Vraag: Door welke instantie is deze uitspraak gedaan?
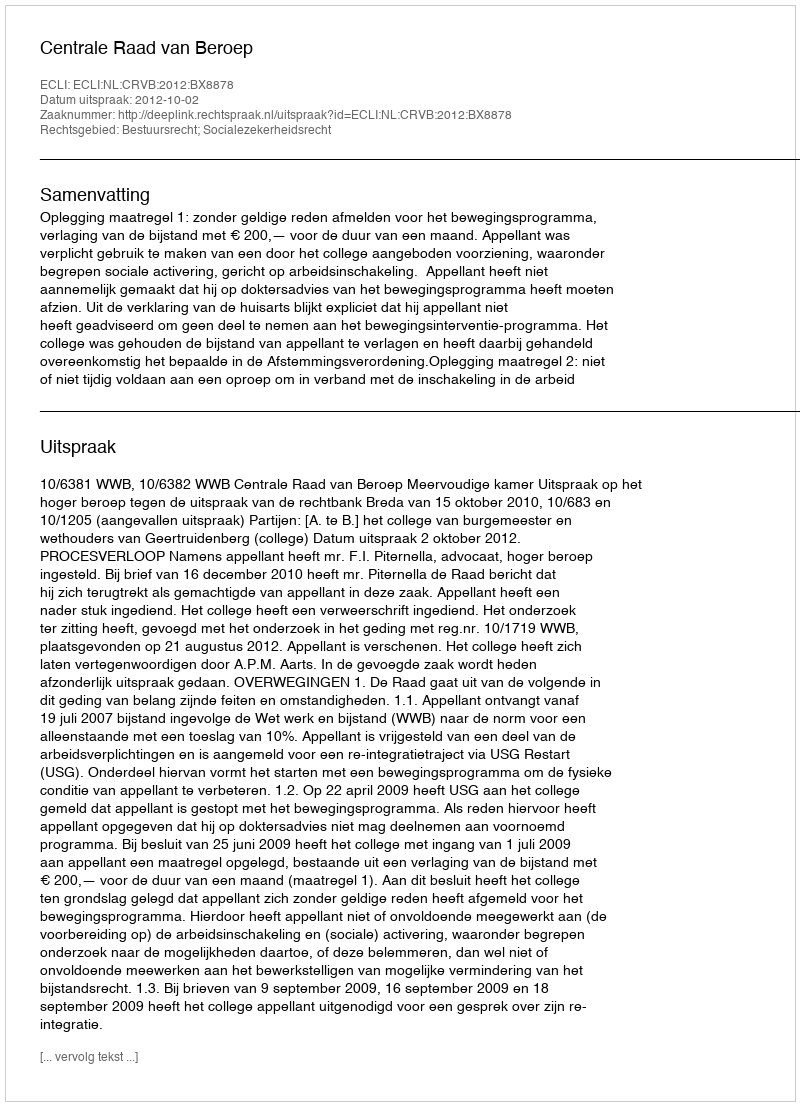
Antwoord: Centrale Raad van Beroep